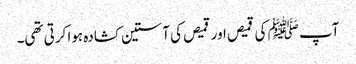
آپ ﷺ کی قمیص اور قمیص کی آستین کشادہ ہوا کرتی تھی۔